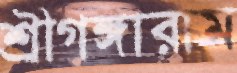
শ্রীগঙ্গারাম